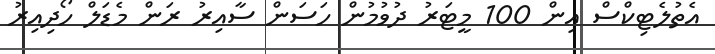
އެތުލެޓިކްސް އިން 100 މީޓަރު ދުވުމުން ހަސަން ސާއިރު ރަން މެޑަލް ހޯދިއިރު